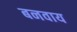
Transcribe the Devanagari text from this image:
बनवाय